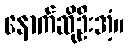
နောက်ဆိုဦးအံ့။